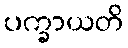
ပက္ခာယတိ